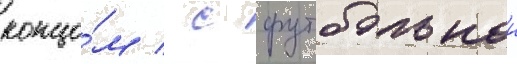
концо́м / с футбольнои